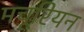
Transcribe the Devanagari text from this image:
मचूरियन